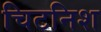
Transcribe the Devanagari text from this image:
चिटनिश